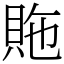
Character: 䝯